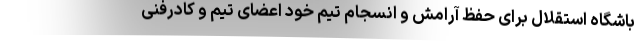
باشگاه استقلال برای حفظ آرامش و انسجام تیم خود اعضای تیم و کادرفنی